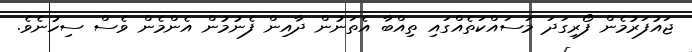
ޖައުފަރުމެން ފޯރިގަދަ މަސައްކަތެއްގައި ތިއްބާ އެތަނުން ދާއިން ފެނުމުން އެންމެން ވެސް ސިހުނެވެ.